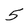
Character: 5